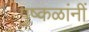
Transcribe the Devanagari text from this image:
पुष्कळांनीं